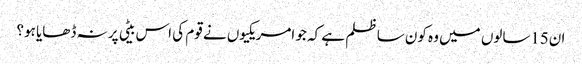
ان15سالوں میں وہ کون سا ظلم ہے کہ جو امریکیوں نے قوم کی اس بیٹی پر نہ ڈھایا ہو؟